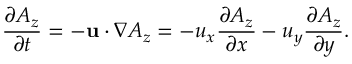
\frac { { \partial { A _ { z } } } } { { \partial t } } = - { \bf { u } } \cdot \nabla { A _ { z } } = - { u _ { x } } \frac { { \partial { A _ { z } } } } { { \partial x } } - { u _ { y } } \frac { { \partial { A _ { z } } } } { { \partial y } } .